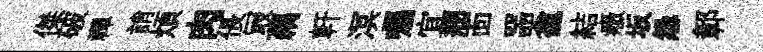
傑破禪誚煩肉倀冣藕軒溟囑宜剏靣噐龕結癥坂怨鄣